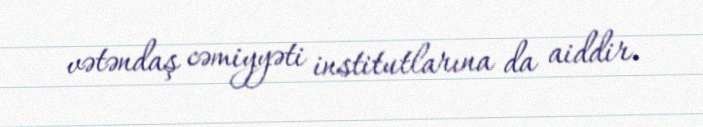
vətəndaş cəmiyyəti institutlarına da aiddir.